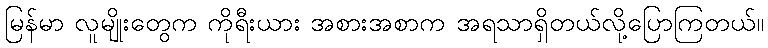
မြန်မာ လူမျိုးတွေက ကိုရီးယား အစားအစာက အရသာရှိတယ်လို့ပြောကြတယ်။